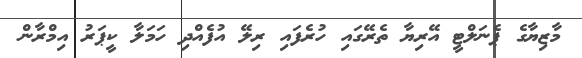
މާޒިޔާގެ ޕެނަލްޓީ އޭރިޔާ ތެރޭގައި ހުރެފައި ރިލޭ އުފެއްދި ހަމަލާ ކީޕަރު އިމްރާން